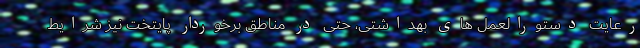
رعایت دستورالعمل های بهداشتی، حتی در مناطق برخوردار پایتخت نیز شرایط